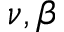
\nu , \beta